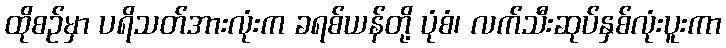
ထိုစဉ်မှာ ပရိသတ်အားလုံးက ခရစ်ယန်တို့ ပုံစံ၊ လက်သီးဆုပ်နှစ်လုံးပူးကာ